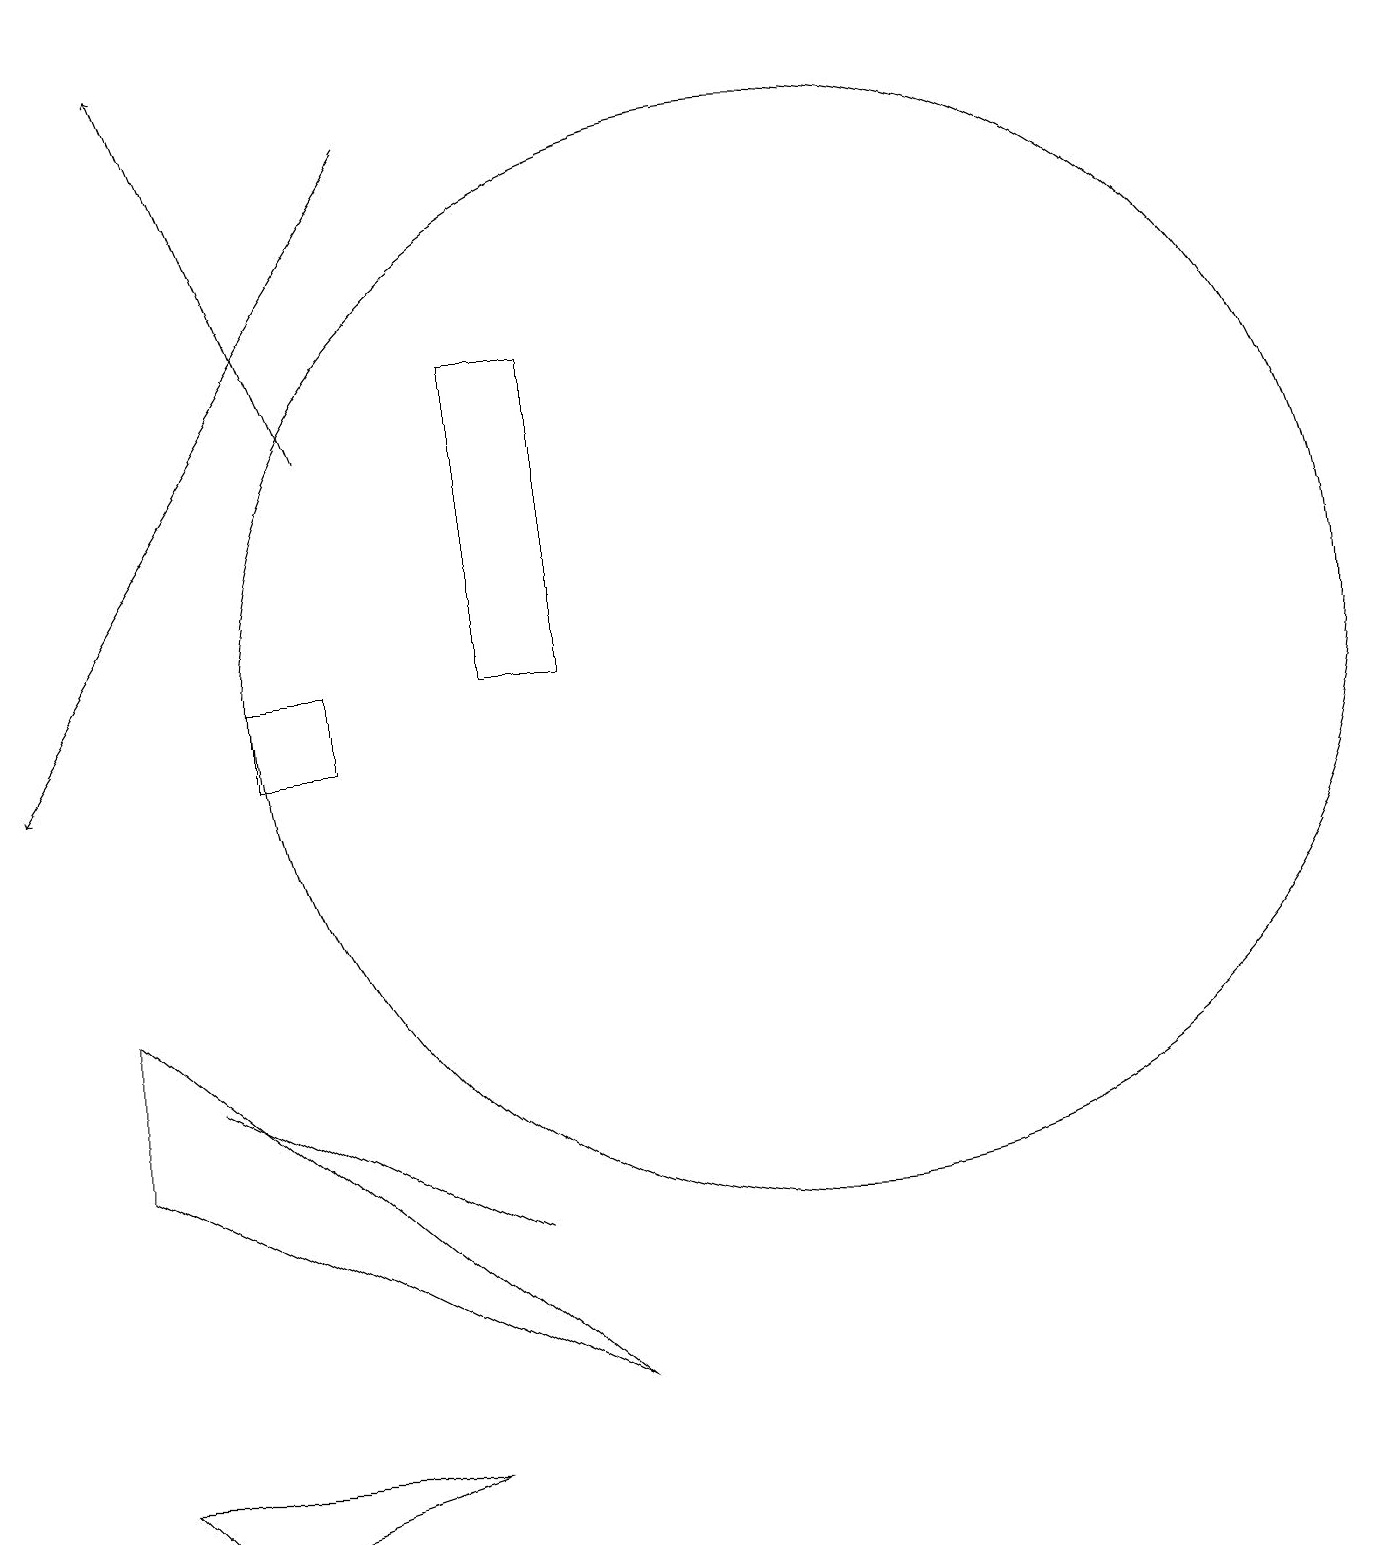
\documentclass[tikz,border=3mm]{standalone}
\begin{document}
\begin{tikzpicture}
\draw (11,11) circle (7);
\draw[->] (5,14) -- (3,19);
\draw (2,7) -- (2,5) -- (8,2) -- cycle;
\draw (7,4) -- (3,6) -- (3,6) -- cycle;
\draw (6,1) -- (3,0) -- (2,1) -- cycle;
\draw (5,11) rectangle (4,10);
\draw (7,11) rectangle (8,15);
\draw[->] (6,18) -- (1,10);
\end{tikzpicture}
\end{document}